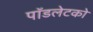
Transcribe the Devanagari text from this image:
पॉडलेटको